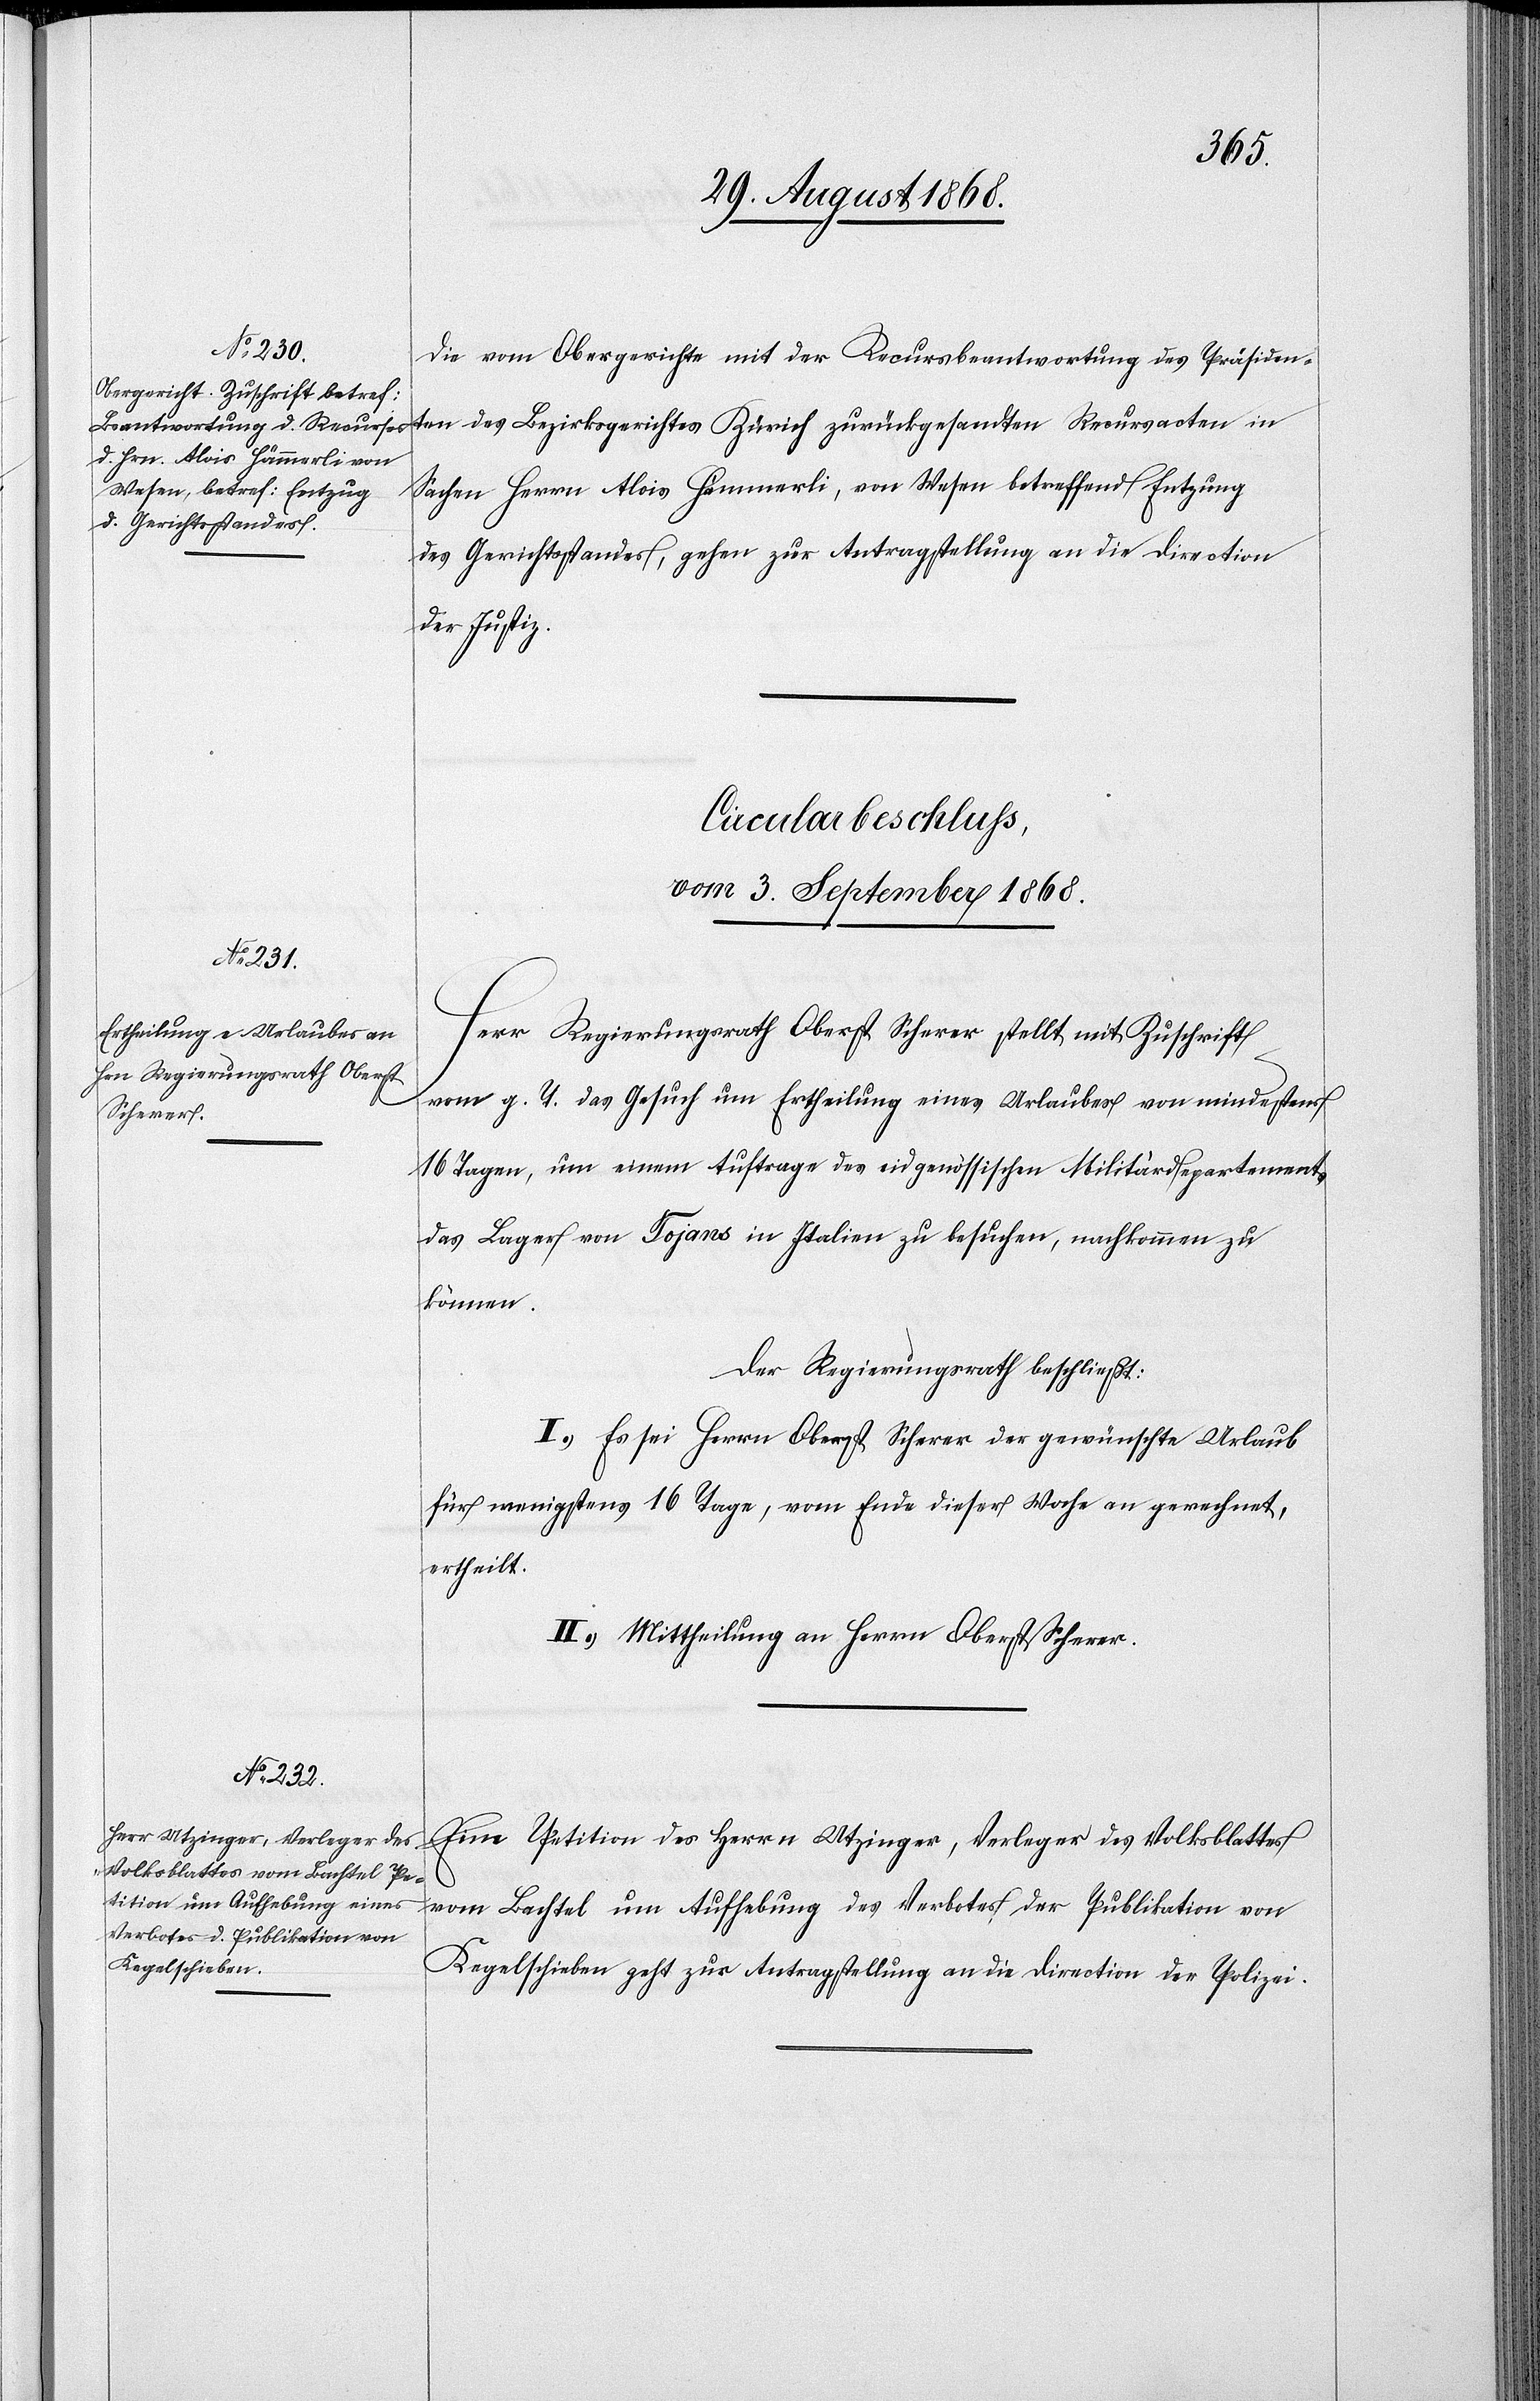
Die vom Obergerichte mit der Recursbeantwortung des Präsiden¬
ten des Bezirksgerichtes Zürich zurückgesandten Recursacten in
Sachen Herrn Alois Hämmerli, von Wesen betreffend Entzug
des Gerichtsstandes, gehen zur Antragstellung an die Direction
der Justiz.
Circularbeschluss,
vom 3. September 1868.]
Herr Regierungsrath Obert Scherer stellt mit Zuschrift
vom g. T. das Gesuch um Ertheilung eines Urlaubes von mindestens
16 Tagen, um einem Auftrage des eidgenössischen Militärdepartements
das Lager von Tojans in Italien zu besuchen, nachkommen zu
können.
Der Regierungsrath beschließt:
I.) Es sei Herrn Oberst Scherer der gewünschte Urlaub
für wenigstens 16 Tage, vom Ende dieser Woche an gerechnet,
ertheilt.
II.) Mittheilung an Herrn Oberst Scherer.
Eine Petition des Herrn Utzinger, Verlegers des Volksblattes
vom Bachtel um Aufhebung des Verbotes der Publikation von
Kegelschieben geht zur Antragstellung an die Direction der Polizei.